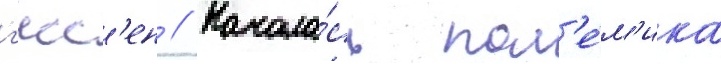
г'есс'ен // Начала́сь пол'е́м'ика